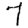
Digit: 7